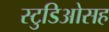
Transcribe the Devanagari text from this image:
स्टुडिओसह